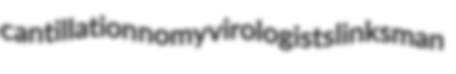
cantillation nomy virologists linksman